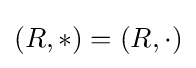
(R,*)=(R,\cdot )